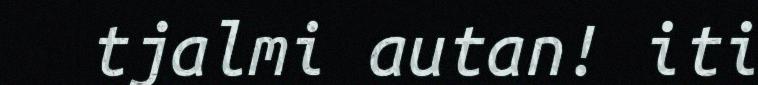
tjalmi autan! iti